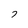
Character: 7